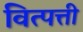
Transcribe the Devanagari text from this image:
वित्पत्ती